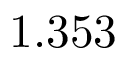
1 . 3 5 3